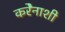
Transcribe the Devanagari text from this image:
करेेनाशी